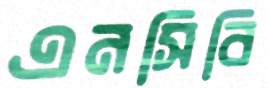
এনসিবি